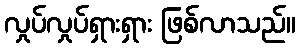
လှုပ်လှုပ်ရှားရှား ဖြစ်လာသည်။